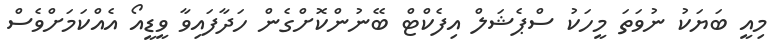
މިއީ ބަޔަކު ނުވަތަ މީހަކު ސްޕެޝަލް އިފެކްޓް ބޭނުންކޮށްގެން ހަދާފައިވާ ވީޑީއޯ އެއްކަމަށްވެސް